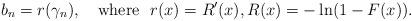
LaTeX: \begin{align*}b_n=r(\gamma_n),\quad\mbox{where }\ r(x) = R^{\prime}(x), R(x) = -\ln(1-F(x)).\end{align*}